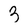
Character: 3